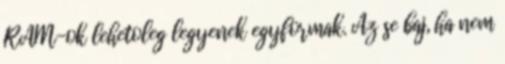
RAM-ok lehetoleg legyenek egyformak. Az se baj, ha nem